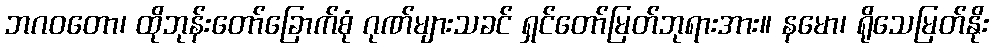
ဘဂဝတော၊ ထိုဘုန်းတော်ခြောက်စုံ ဂုဏ်များသခင် ရှင်တော်မြတ်ဘုရားအား။ နမော၊ ရိုသေမြတ်နိုး